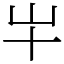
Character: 𫵱